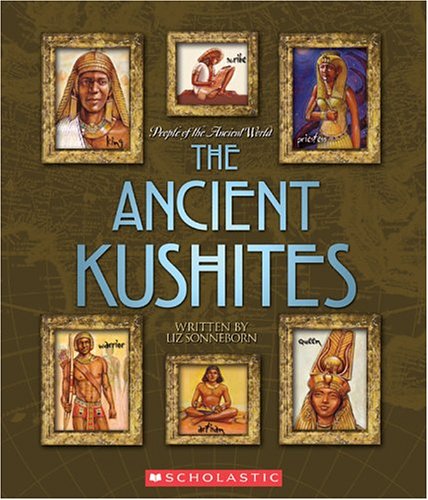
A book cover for Ancient Kushites (People of the Ancient World); Liz Sonneborn; Children's Books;